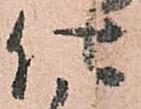
仕